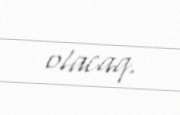
olacaq.